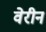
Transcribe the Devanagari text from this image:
वेरीन